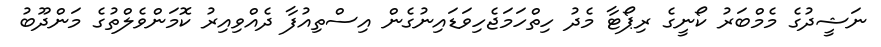
ނަޝީދުގެ މެމްބަރު ކޯނީގެ ރިޕޯޓާ މެދު ހިތްހަމަޖެހިވަޑައިނުގެން އިސްތިއުފާ ދެއްވިއިރު ކޮމަންވެލްތުގެ މަންދޫބު